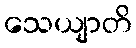
သေယျာတိ